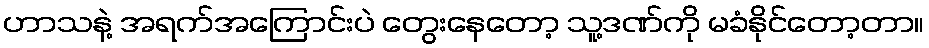
ဟာသနဲ့ အရက်အကြောင်းပဲ တွေးနေတော့ သူ့ဒဏ်ကို မခံနိုင်တော့တာ။